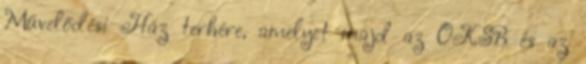
Művelődési Ház terhére, amelyet majd az OKSB és az